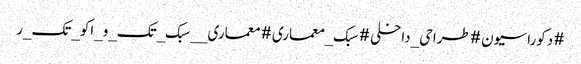
#دکوراسیون #طراحی_داخلی #سبک_معماری #معماری__سبک_تک_و_اکو_تک_ر